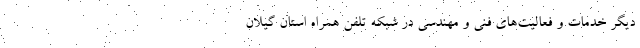
دیگر خدمات و فعالیت‌های فنی و مهندسی در شبکه تلفن همراه استان گیلان